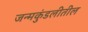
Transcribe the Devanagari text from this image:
जन्मकुंडलीतील